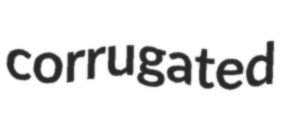
corrugated